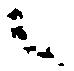
候